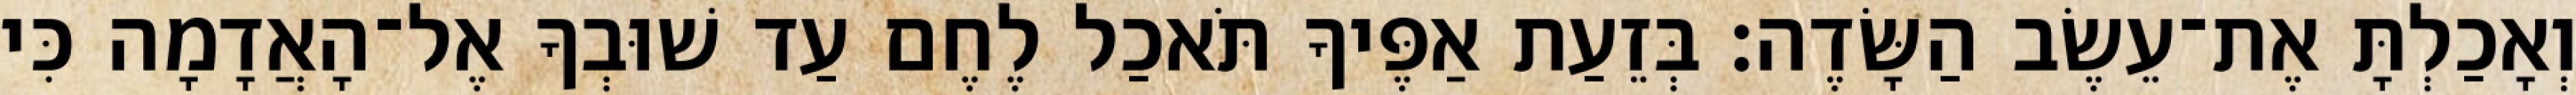
וְאָכַלְתָּ אֶת־עֵשֶׂב הַשָּׂדֶה׃ בְּזֵעַת אַפֶּיךָ תֹּאכַל לֶחֶם עַד שׁוּבְךָ אֶל־הָאֲדָמָה כִּי